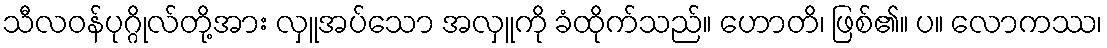
သီလဝန်ပုဂ္ဂိုလ်တို့အား လှူအပ်သော အလှူကို ခံထိုက်သည်။ ဟောတိ၊ ဖြစ်၏။ ပ။ လောကဿ၊